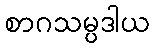
စာဂသမ္ပဒါယ